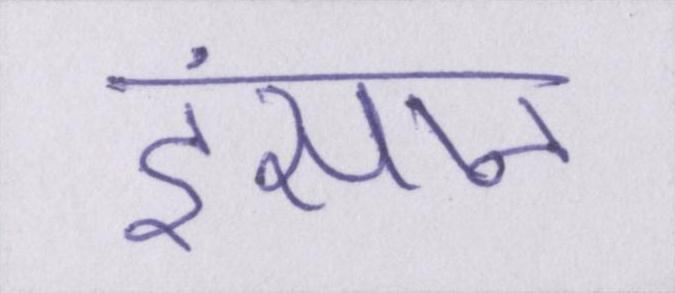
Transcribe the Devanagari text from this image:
इंसान